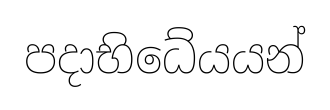
පදාභිධේයයන්